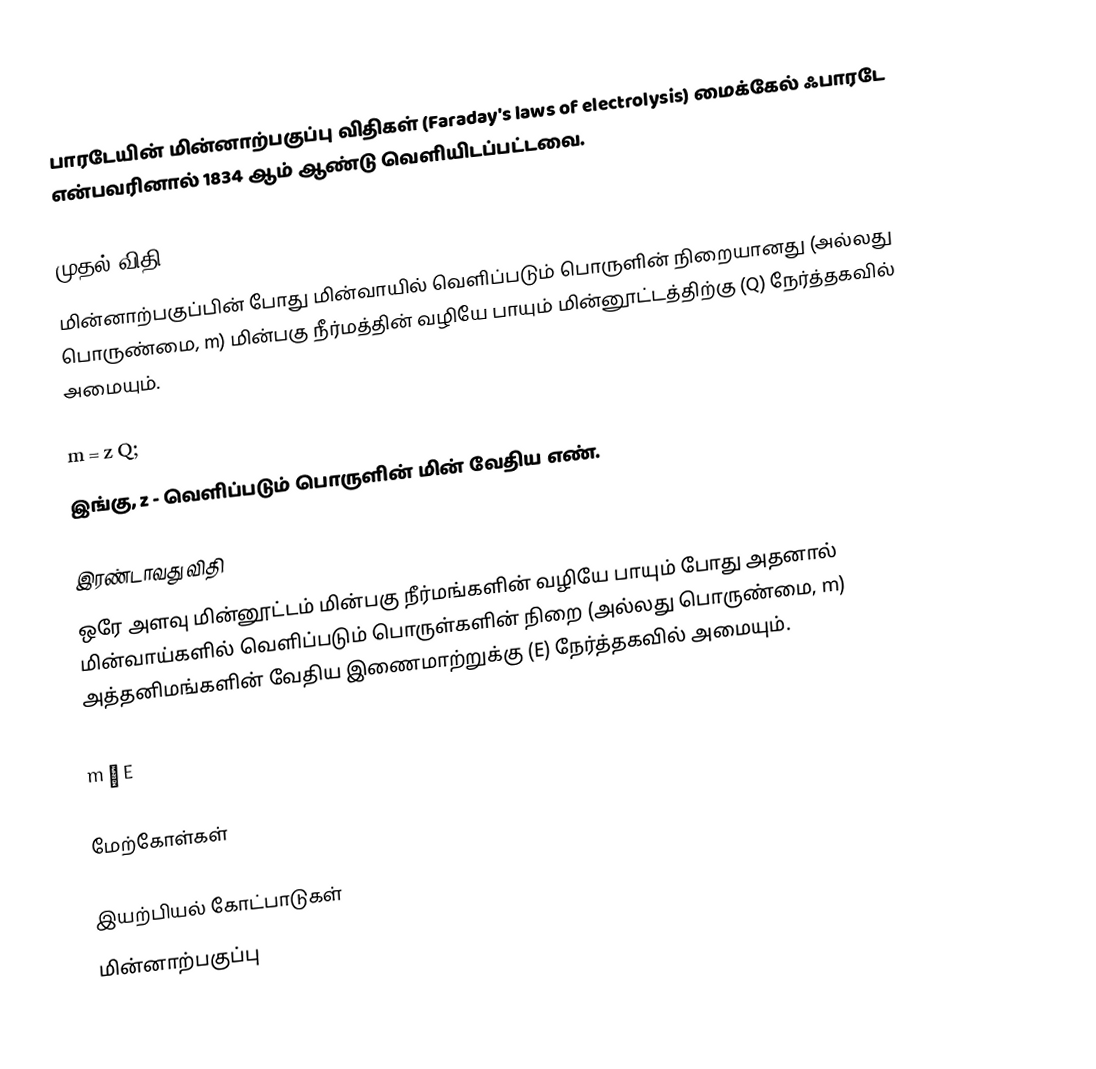
பாரடேயின் மின்னாற்பகுப்பு விதிகள் (Faraday's laws of electrolysis) மைக்கேல் ஃபாரடே என்பவரினால் 1834 ஆம் ஆண்டு வெளியிடப்பட்டவை.

முதல் விதி
மின்னாற்பகுப்பின் போது மின்வாயில் வெளிப்படும் பொருளின் நிறையானது (அல்லது பொருண்மை, m) மின்பகு நீர்மத்தின் வழியே பாயும் மின்னூட்டத்திற்கு (Q) நேர்த்தகவில் அமையும்.

m = z Q;
இங்கு, z - வெளிப்படும் பொருளின் மின் வேதிய எண்.

இரண்டாவது விதி
ஒரே அளவு மின்னூட்டம் மின்பகு நீர்மங்களின் வழியே பாயும் போது அதனால் மின்வாய்களில் வெளிப்படும் பொருள்களின் நிறை (அல்லது பொருண்மை, m) அத்தனிமங்களின் வேதிய இணைமாற்றுக்கு (E) நேர்த்தகவில் அமையும்.

m α E

மேற்கோள்கள்

இயற்பியல் கோட்பாடுகள்
மின்னாற்பகுப்பு